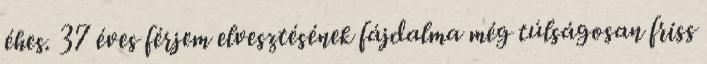
éhes. 37 éves férjem elvesztésének fájdalma még túlságosan friss